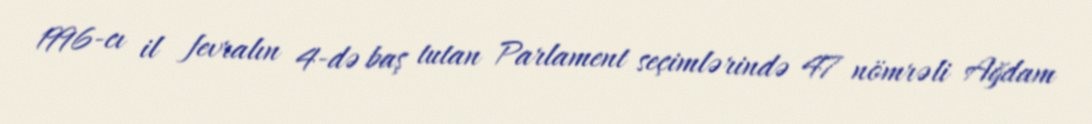
1996-cı il fevralın 4-də baş tutan Parlament seçimlərində 47 nömrəli Ağdam